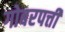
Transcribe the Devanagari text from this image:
गोबरपत्ती